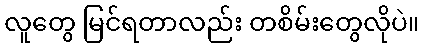
လူတွေ မြင်ရတာလည်း တစိမ်းတွေလိုပဲ။